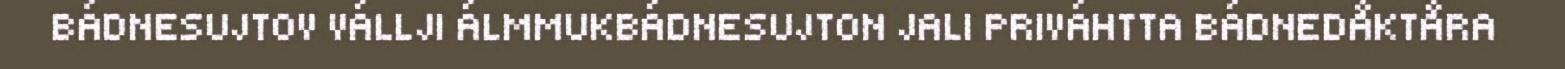
BÁDNESUJTOV VÁLLJI ÁLMMUKBÁDNESUJTON JALI PRIVÁHTTA BÁDNEDÅKTÅRA